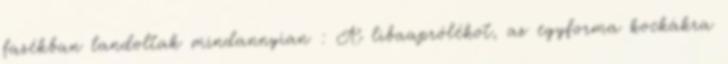
fazékban landoltak mindannyian : A libaaprólékot, az egyforma kockákra